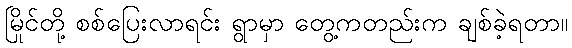
မြိုင်တို့ စစ်ပြေးလာရင်း ရွာမှာ တွေ့ကတည်းက ချစ်ခဲ့ရတာ။